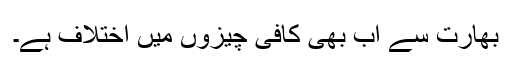
بھارت سے اب بھی کافی چیزوں میں اختلاف ہے۔